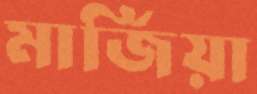
মার্জিয়া